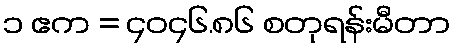
၁ ဧက = ၄၀၄၆.၈၆ စတုရန်းမီတာ